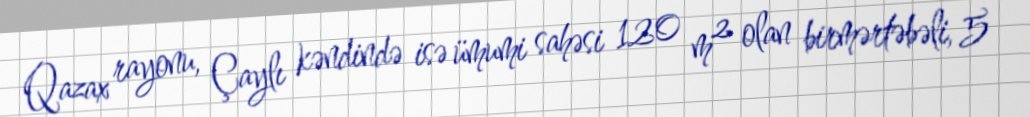
Qazax rayonu, Çaylı kəndində isə ümumi sahəsi 120 m² olan birmərtəbəli, 5